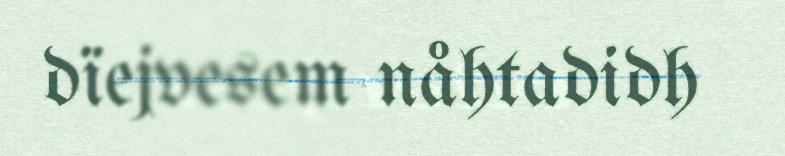
dïejvesem nåhtadidh